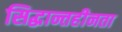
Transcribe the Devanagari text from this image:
सिद्धान्तहीनता